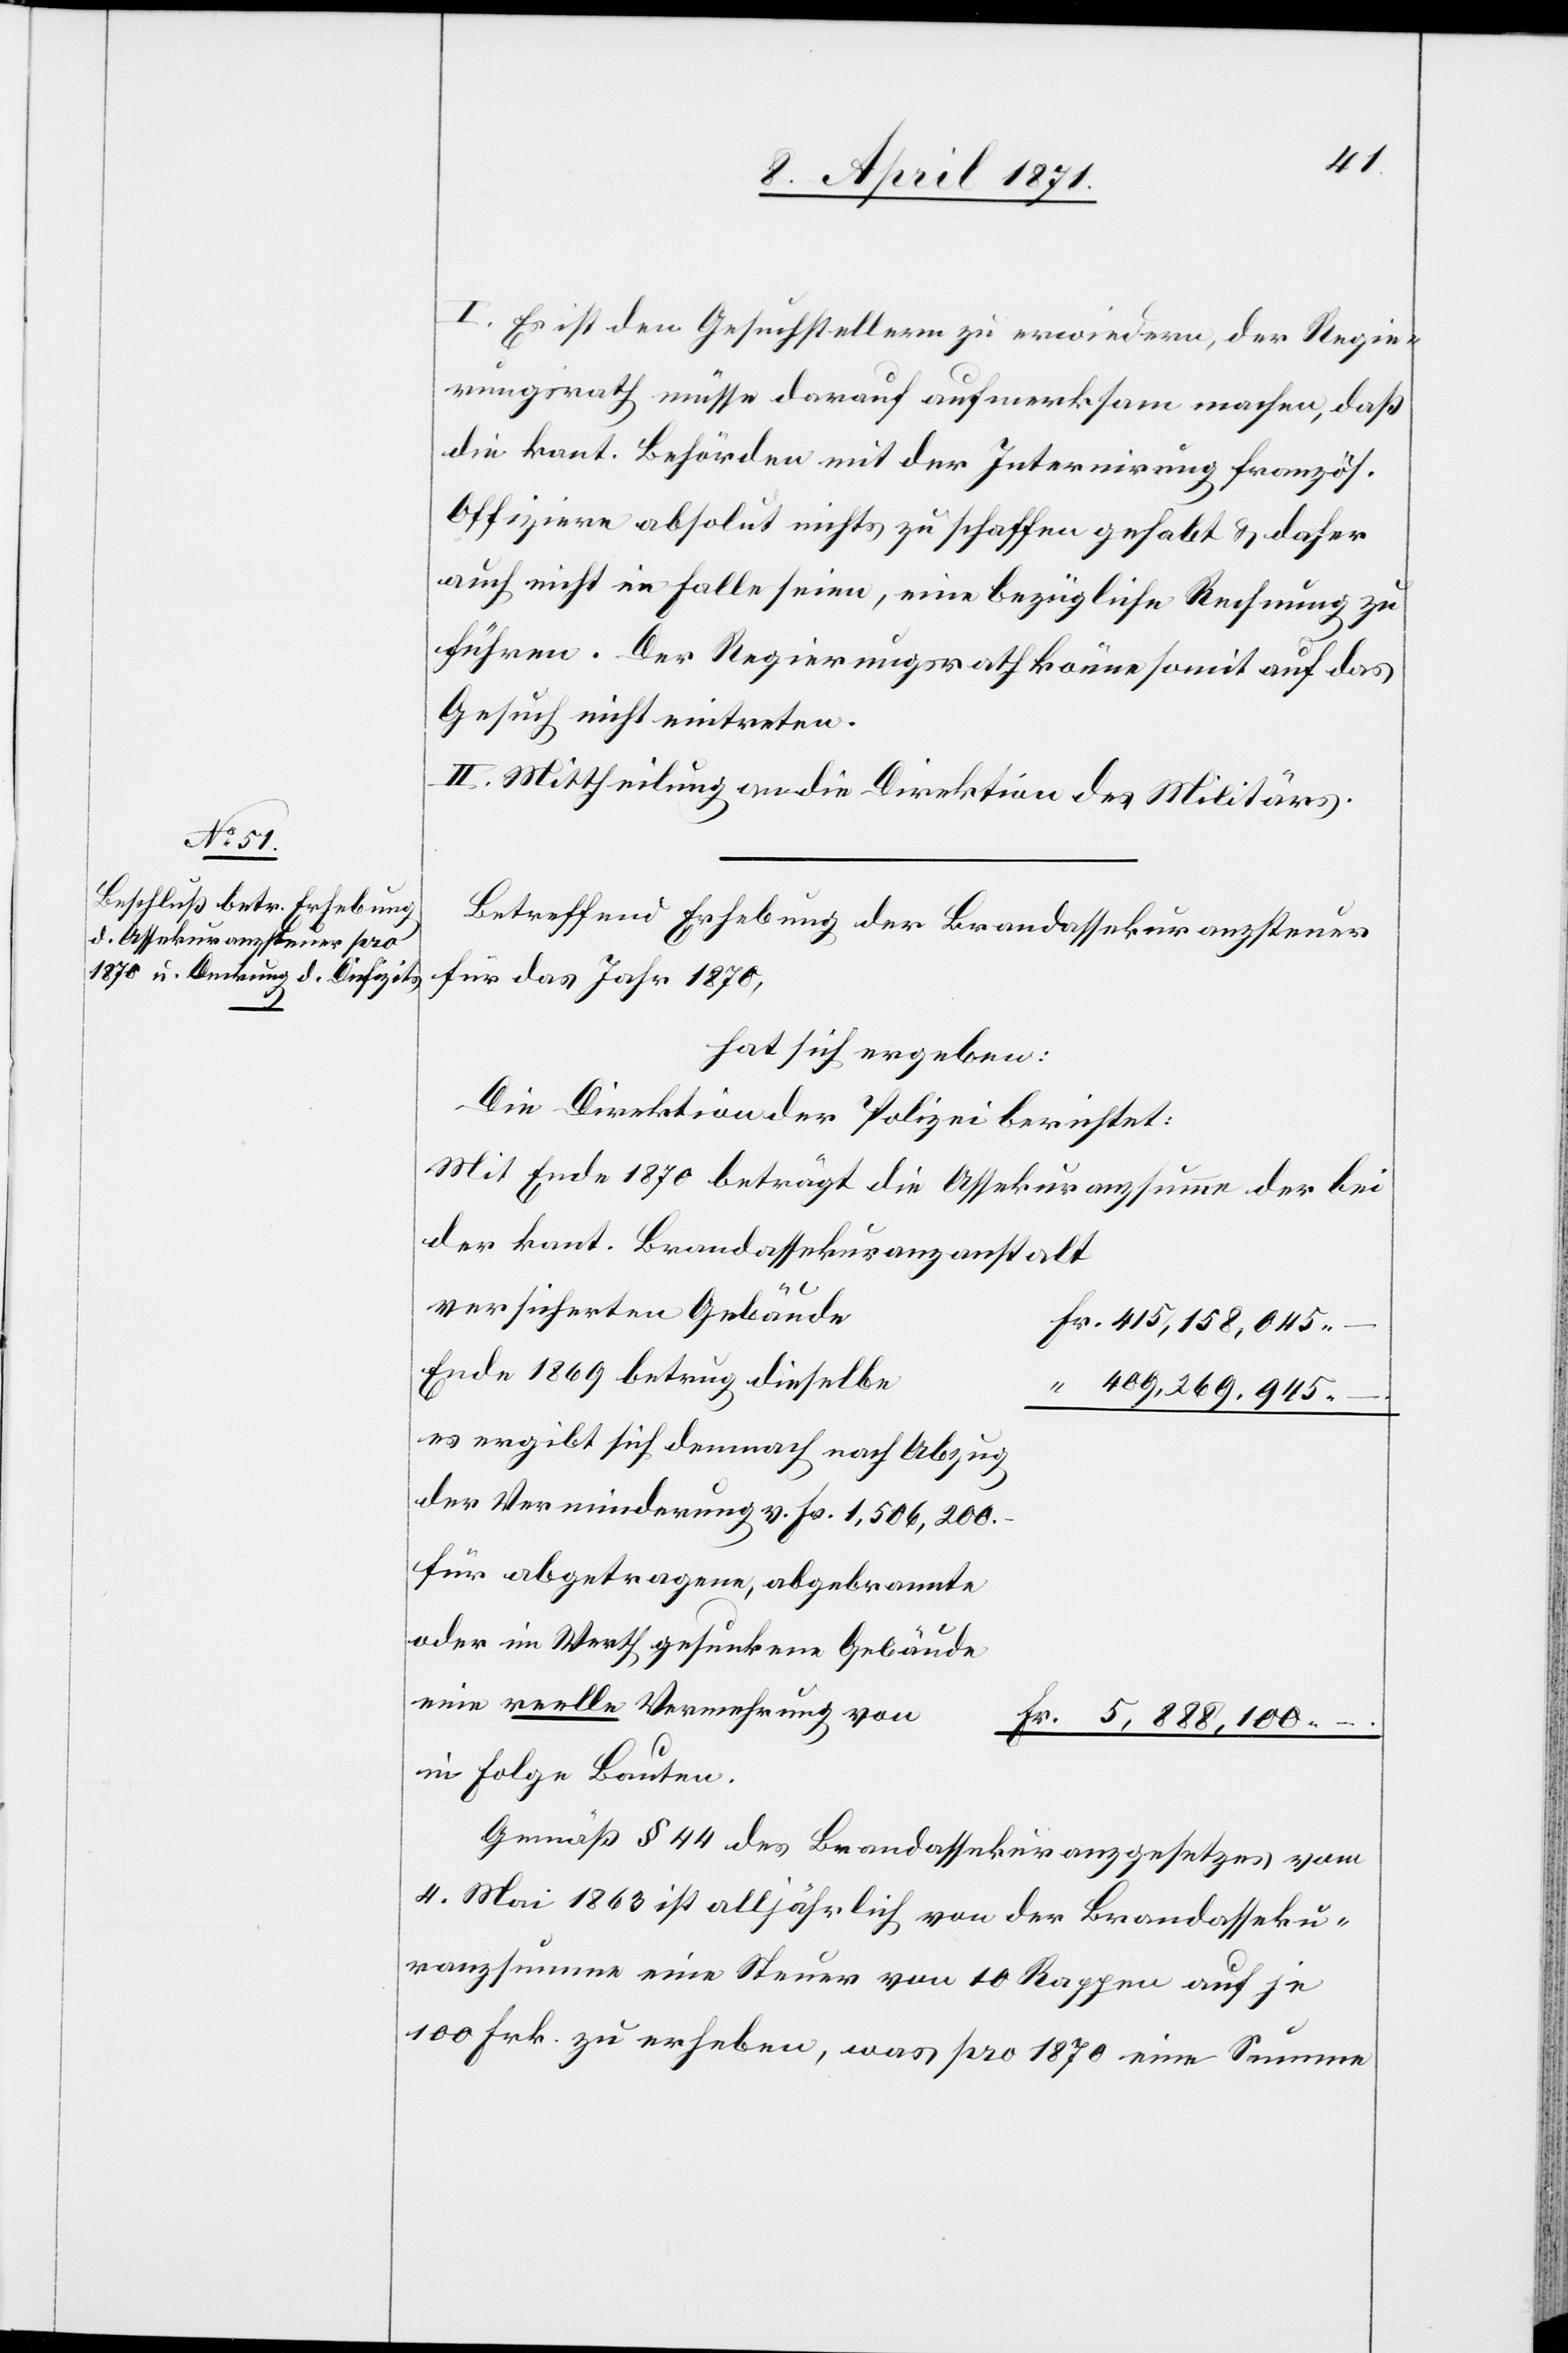
I. Es ist den Gesuchstellern zu erwiedern, der Regie¬
rungsrath müsse darauf aufmerksam machen, daß
die kant. Behörden mit der Internirung französ.
Offiziere absolut nichts zu schaffen gehabt u. daher
auch nicht im Falle seien, eine bezügliche Rechnung zu
führen. Der Regierungsrath könne somit auf das
Gesuch nicht eintreten.
II. Mittheilung an die Direktion des Militärs.
Betreffend Erhebung der Brandassekuranzsteuer
für das Jahr 1870,
hat sich ergeben:
Die Direktion der Polizei berichtet:
Mit Ende 1870 beträgt die Assekuranzsumme der bei
der kant. Brandassekuranzanstalt
versicherten Gebäude
Fr. 415,158,045.–
Ende 1869 betrug dieselbe
“ 409,269,945.–.
es ergibt sich demnach nach Abzug
für abgetragene, abgebrannte
oder im Werth gesunkene Gebäude
eine reelle Vermehrung von
Fr. 5,888,100.–.
in Folge Bauten.
Gemäß § 44 des Brandassekuranzgesetzes vom
4. Mai 1863 ist alljährlich von der Brandasseku¬
ranzsumme eine Steuer von 10 Rappen auf je
100 Frk. zu erheben, was pro 1870 eine Summe